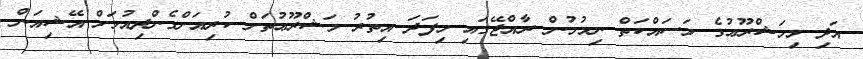
އަދި މިމަޝްރޫޢުގެ މަސައްކަތް ނިމުމުން ރާއްޖޭގައި މިފަދަ އިތުރު މަޝްރޫޢުތަށް ކުރިއަށްގެންދިއުމަށް އޭޝިއަން